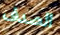
الصدف